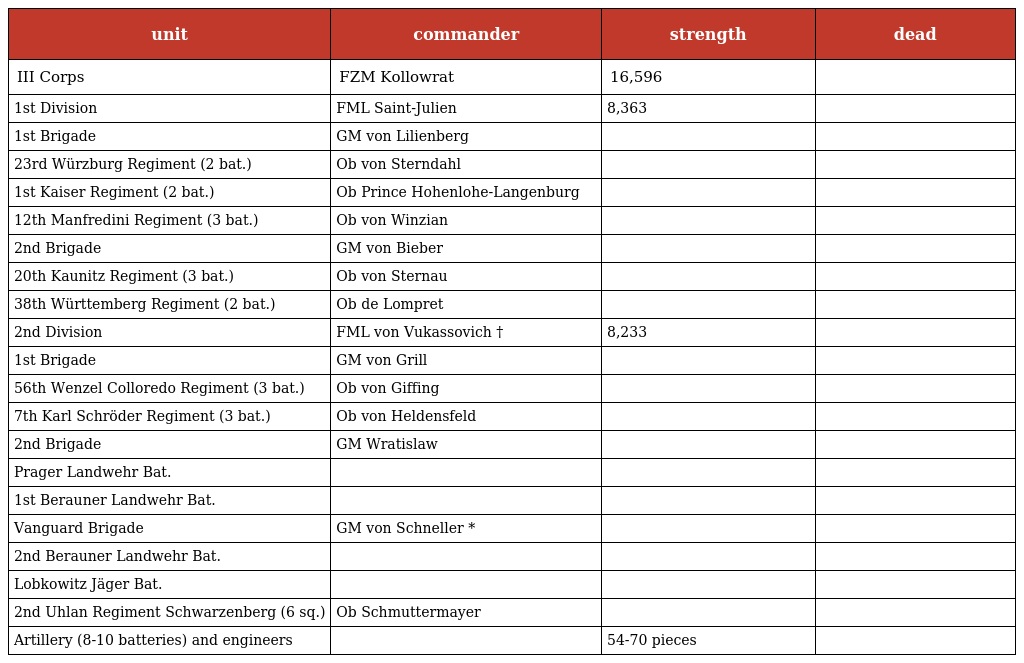
| unit | commander | strength | dead |
 | --- | --- | --- | --- |
 | III Corps | FZM Kollowrat | 16,596 |  |
 | 1st Division | FML Saint-Julien | 8,363 |  |
 | 1st Brigade | GM von Lilienberg |  |  |
 | 23rd Würzburg Regiment (2 bat.) | Ob von Sterndahl |  |  |
 | 1st Kaiser Regiment (2 bat.) | Ob Prince Hohenlohe-Langenburg |  |  |
 | 12th Manfredini Regiment (3 bat.) | Ob von Winzian |  |  |
 | 2nd Brigade | GM von Bieber |  |  |
 | 20th Kaunitz Regiment (3 bat.) | Ob von Sternau |  |  |
 | 38th Württemberg Regiment (2 bat.) | Ob de Lompret |  |  |
 | 2nd Division | FML von Vukassovich † | 8,233 |  |
 | 1st Brigade | GM von Grill |  |  |
 | 56th Wenzel Colloredo Regiment (3 bat.) | Ob von Giffing |  |  |
 | 7th Karl Schröder Regiment (3 bat.) | Ob von Heldensfeld |  |  |
 | 2nd Brigade | GM Wratislaw |  |  |
 | Prager Landwehr Bat. |  |  |  |
 | 1st Berauner Landwehr Bat. |  |  |  |
 | Vanguard Brigade | GM von Schneller * |  |  |
 | 2nd Berauner Landwehr Bat. |  |  |  |
 | Lobkowitz Jäger Bat. |  |  |  |
 | 2nd Uhlan Regiment Schwarzenberg (6 sq.) | Ob Schmuttermayer |  |  |
 | Artillery (8-10 batteries) and engineers |  | 54-70 pieces |  |